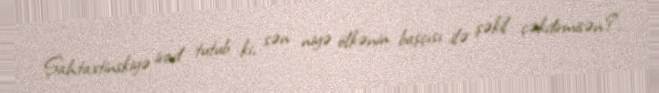
Şahtaxtinskiyə irad tutub ki, sən niyə ölkənin başçısı ilə şəkil çəkdirmisən?.